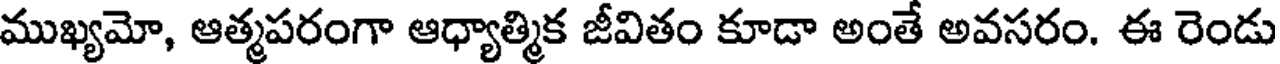
ముఖ్యమో, ఆత్మపరంగా ఆధ్యాత్మిక జీవితం కూడా అంతే అవసరం, ఈ రెండు